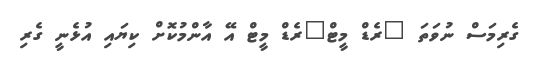
ގެރިމަސް ނުވަތަ "ރެޑް މީޓް"ރެޑް މީޓް އޭ އާންމުކޮށް ކިޔައި އުޅެނީ ގެރި